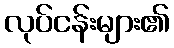
လုပ်ငန်းများ၏